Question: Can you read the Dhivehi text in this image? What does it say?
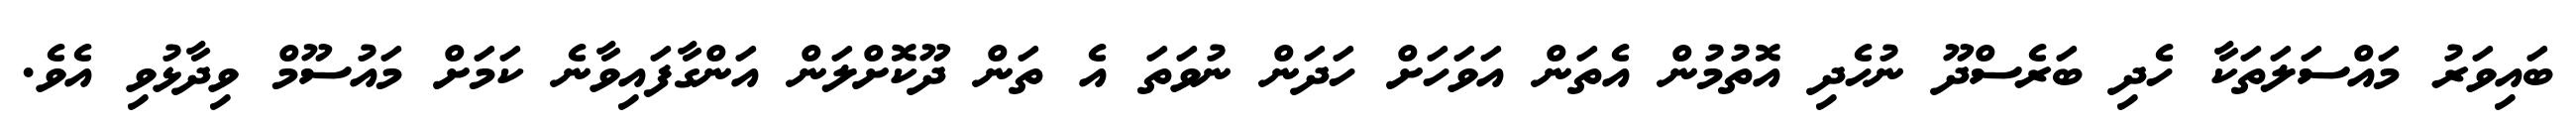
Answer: ބައިވަރު މައްސަލަތަކާ ހެދި ބަރެސްދޫ ނުހެދި އޮތުމުން އެތަން އަވަހަށް ހަދަން ނުވަތަ އެ ތަން ދޫކޮށްލަން އަންގާފައިވާނެ ކަމަށް މައުސޫމް ވިދާޅުވި އެވެ.